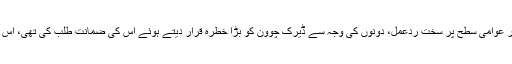
سرکاری پراسیکیوٹر میتھیو فرینک نے الزامات کی شدت اور اس معاملے پر عوامی سطح پر سخت ردعمل، دونوں کی وجہ سے ڈیرک چوون کو بڑا خطرہ قرار دیتے ہوئے اس کی ضمانت طلب کی تھی، اس معاملے میں اگلی سماعت کے لیے جج نے 29 جون کی تاریخ مقرر کردی۔